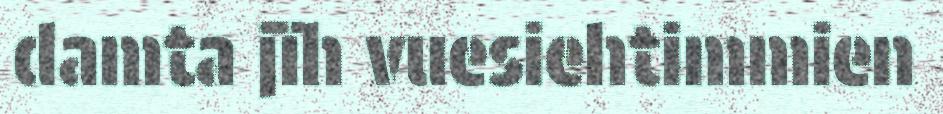
damta jïh vuesiehtimmien